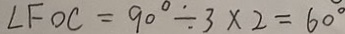
\angle F O C = 9 0 ^ { \circ } \div 3 \times 2 = 6 0 ^ { \circ }